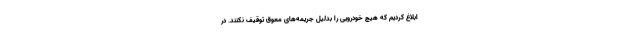
ابلاغ کردیم که هیچ خودرویی را بدلیل جریمه‌های معوق توقیف نکنند. در